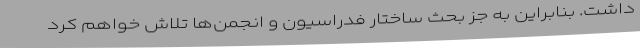
داشت. بنابراین به جز بحث ساختار فدراسیون و انجمن‌ها تلاش خواهم کرد